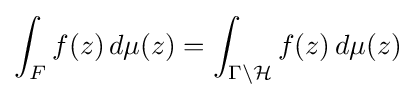
\int _{F}f(z)\,d\mu (z)=\int _{\Gamma \backslash {\mathcal {H}}}f(z)\,d\mu (z)